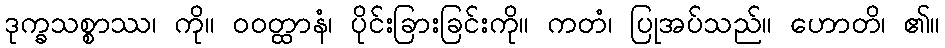
ဒုက္ခသစ္စာဿ၊ ကို။ ဝဝတ္ထာနံ၊ ပိုင်းခြားခြင်းကို။ ကတံ၊ ပြုအပ်သည်။ ဟောတိ၊ ၏။